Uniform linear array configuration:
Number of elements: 8
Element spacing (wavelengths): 0.75
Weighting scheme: hann
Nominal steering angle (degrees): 45
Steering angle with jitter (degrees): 45.891
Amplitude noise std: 0.05
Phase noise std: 0.05

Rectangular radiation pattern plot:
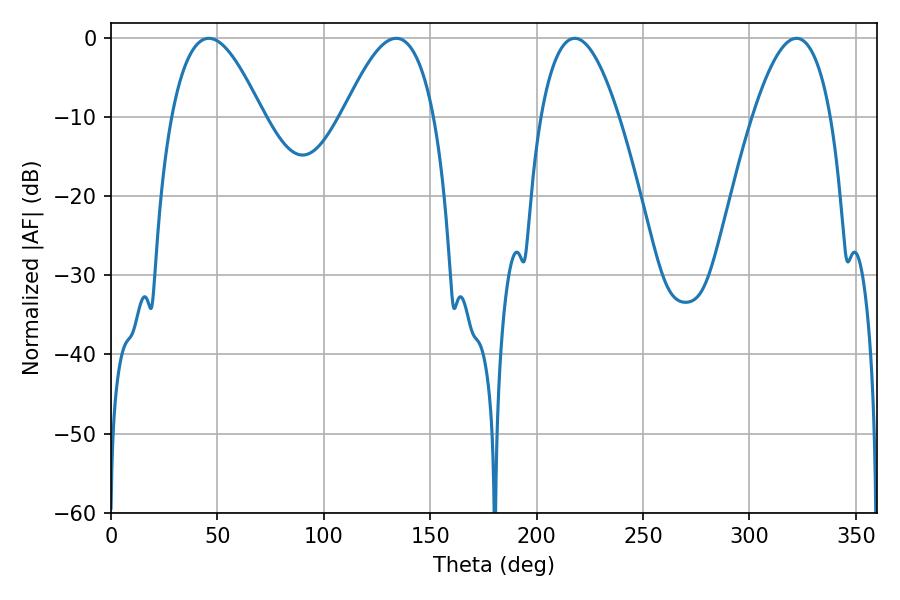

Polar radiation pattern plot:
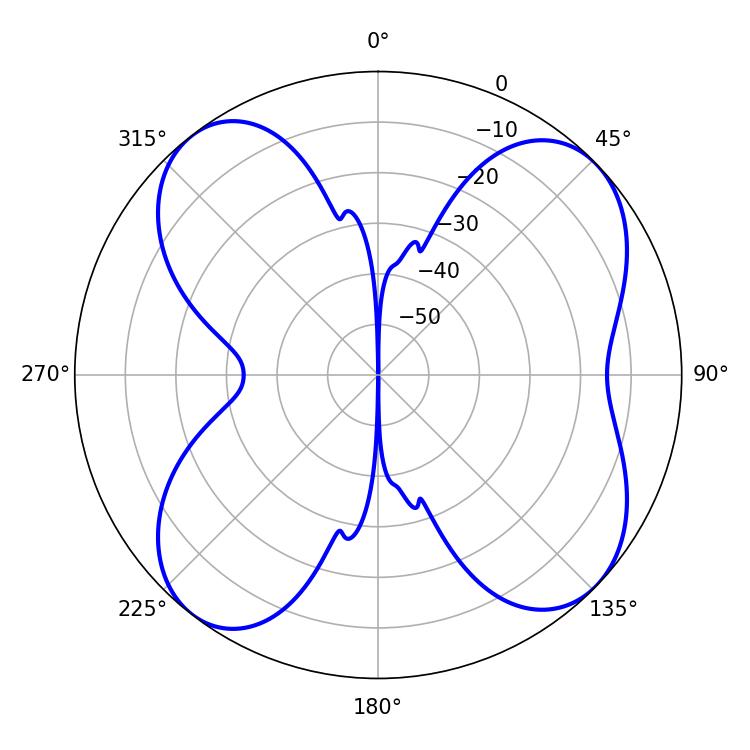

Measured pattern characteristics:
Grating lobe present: TRUE
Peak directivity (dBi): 10.192
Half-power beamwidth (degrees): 23.22
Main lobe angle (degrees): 45.9